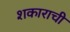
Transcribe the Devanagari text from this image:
शकाराची